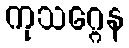
ကုသဂ္ဂေန